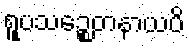
ရူပသဉ္စေတနာယပိ